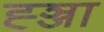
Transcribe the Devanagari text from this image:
ह्ञ्जा